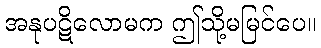
အနုပဋိလောမက ဤသို့မမြင်ပေ။